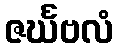
ဇင်္ဃဗလံ